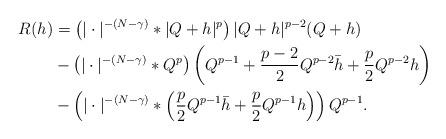
LaTeX: \begin{align*}R(h)&= \left(|\cdot|^{-(N-\gamma)} * |Q+h|^p \right) |Q+h|^{p-2} (Q+h) \\&- \left( |\cdot|^{-(N-\gamma)} * Q^p \right) \left( Q^{p-1} + \frac{p-2}{2} Q^{p-2} \bar{h} + \frac{p}{2} Q^{p-2} h \right) \\& - \left( |\cdot|^{-(N-\gamma)} * \left( \frac{p}{2} Q^{p-1} \bar{h} + \frac{p}{2} Q^{p-1} h \right) \right) Q^{p-1}.\end{align*}